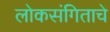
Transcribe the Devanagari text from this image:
लोकसंगिताचे